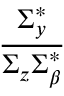
\frac { \Sigma _ { y } ^ { * } } { \Sigma _ { z } \Sigma _ { \beta } ^ { * } }